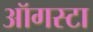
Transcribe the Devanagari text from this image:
ऑगस्‍टा